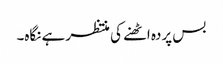
بس پردہ اٹھنے کی منتظر ہے نگاہ۔